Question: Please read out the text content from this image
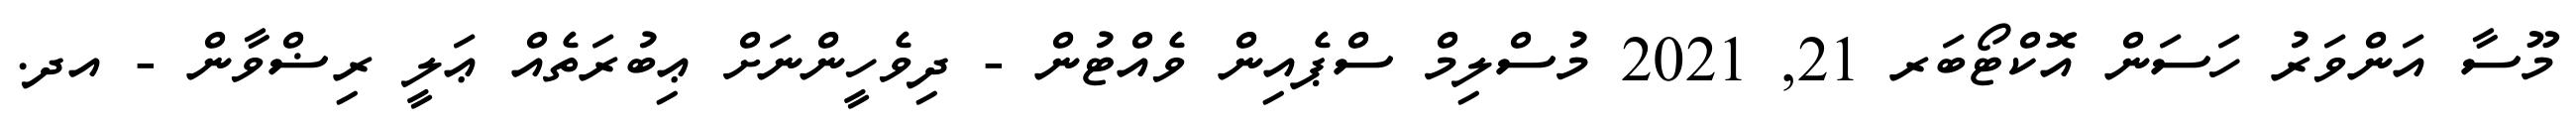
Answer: މޫސާ އަންވަރު ހަސަން އޮކްޓޯބަރ 21, 2021 މުސްލިމް ސްޕެއިން ވެއްޓުން - ދިވެހީންނަށް ޢިބުރަތެއް ޢަލީ ރިޟްވާން - އދ.